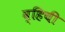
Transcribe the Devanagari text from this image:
व्हिची